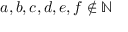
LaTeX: a , b , c , d , e , f \notin \mathbb { N }